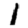
Digit: 1